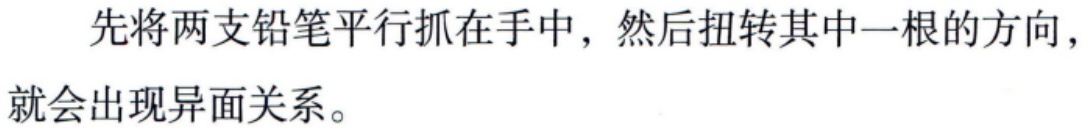
先将两支铅笔平行抓在手中，然后扭转其中一根的方向，就会出现异面关系。